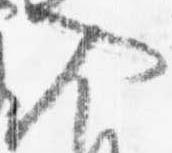
入